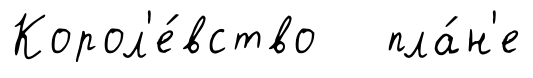
Корол'е́вство пла́н'е